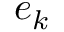
\boldsymbol { e } _ { k }